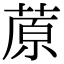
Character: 蒝